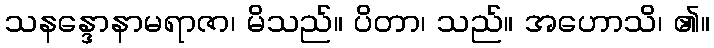
သနန္ဒောနာမရာဇာ၊ မိသည်။ ပိတာ၊ သည်။ အဟောသိ၊ ၏။